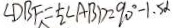
\angle D B F = \frac { 1 } { 2 } \angle A B D = 9 0 ^ { \circ } - 1 . 5 \alpha